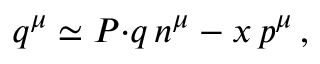
q ^ { \mu } \simeq P { \cdot } q \, n ^ { \mu } - x \, p ^ { \mu } \, ,